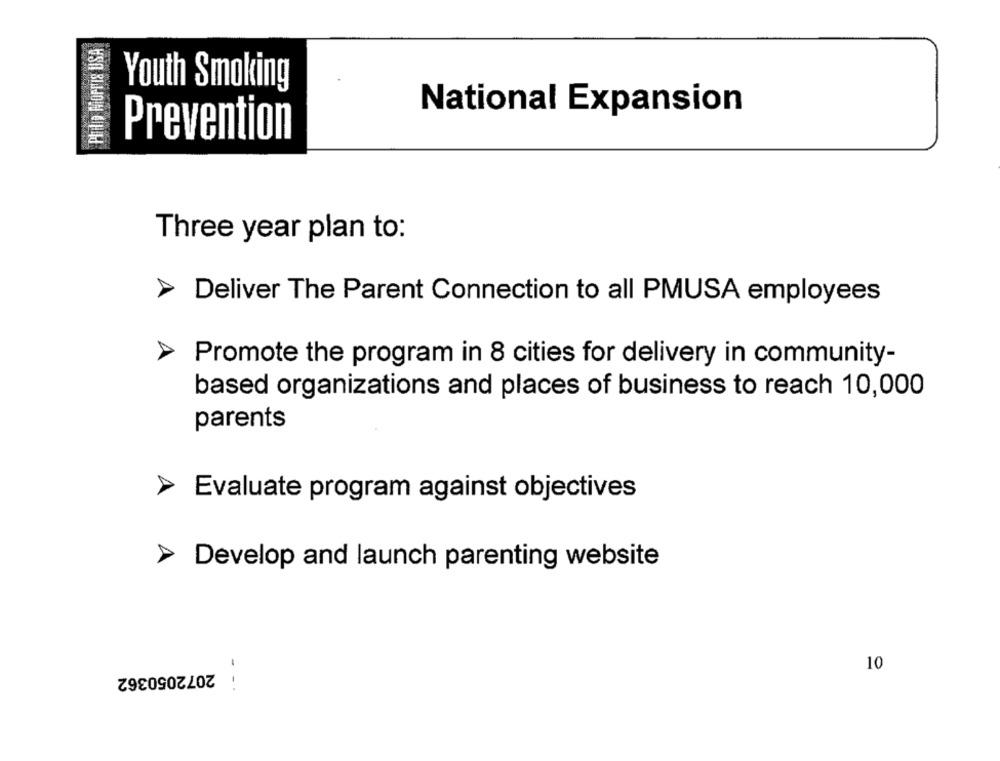
PATIO MOPTIS USA
Youth Smoking
National Expansion
Prevention
Three year plan to:
Deliver The Parent Connection to all PMUSA employees
Promote the program in 8 cities for delivery in community-
based organizations and places of business to reach 10,000
parents
Evaluate program against objectives
Develop and launch parenting website
2072050362
10
- -.